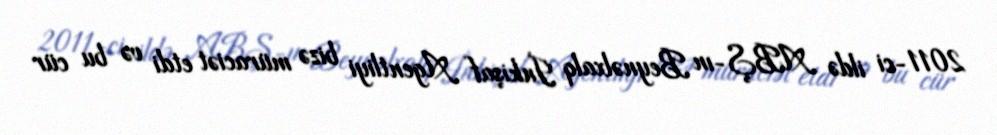
2011-ci ildə ABŞ-ın Beynəlxalq İnkişaf Agentliyi bizə müraciət etdi və bu cür